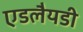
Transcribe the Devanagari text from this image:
एडलैयडी